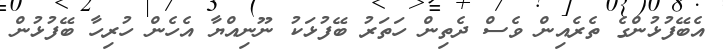
އެބޭފުޅުންގެ ތެރެއިން ވެސް ދެތިން ހަތަރު ބޭފުޅަކު ނޫނިއްޔާ އެހެން ހުރިހާ ބޭފުޅުން